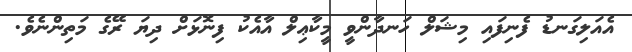
އެއަލިގަނޑު ފެނިފައި މިޝަލް ހަނދާންވީ މީކާޢިލް އާއެކު ފިނޮޅަށް ދިޔަ ރޭގެ މަތިންނެވެ.